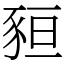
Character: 𧱂